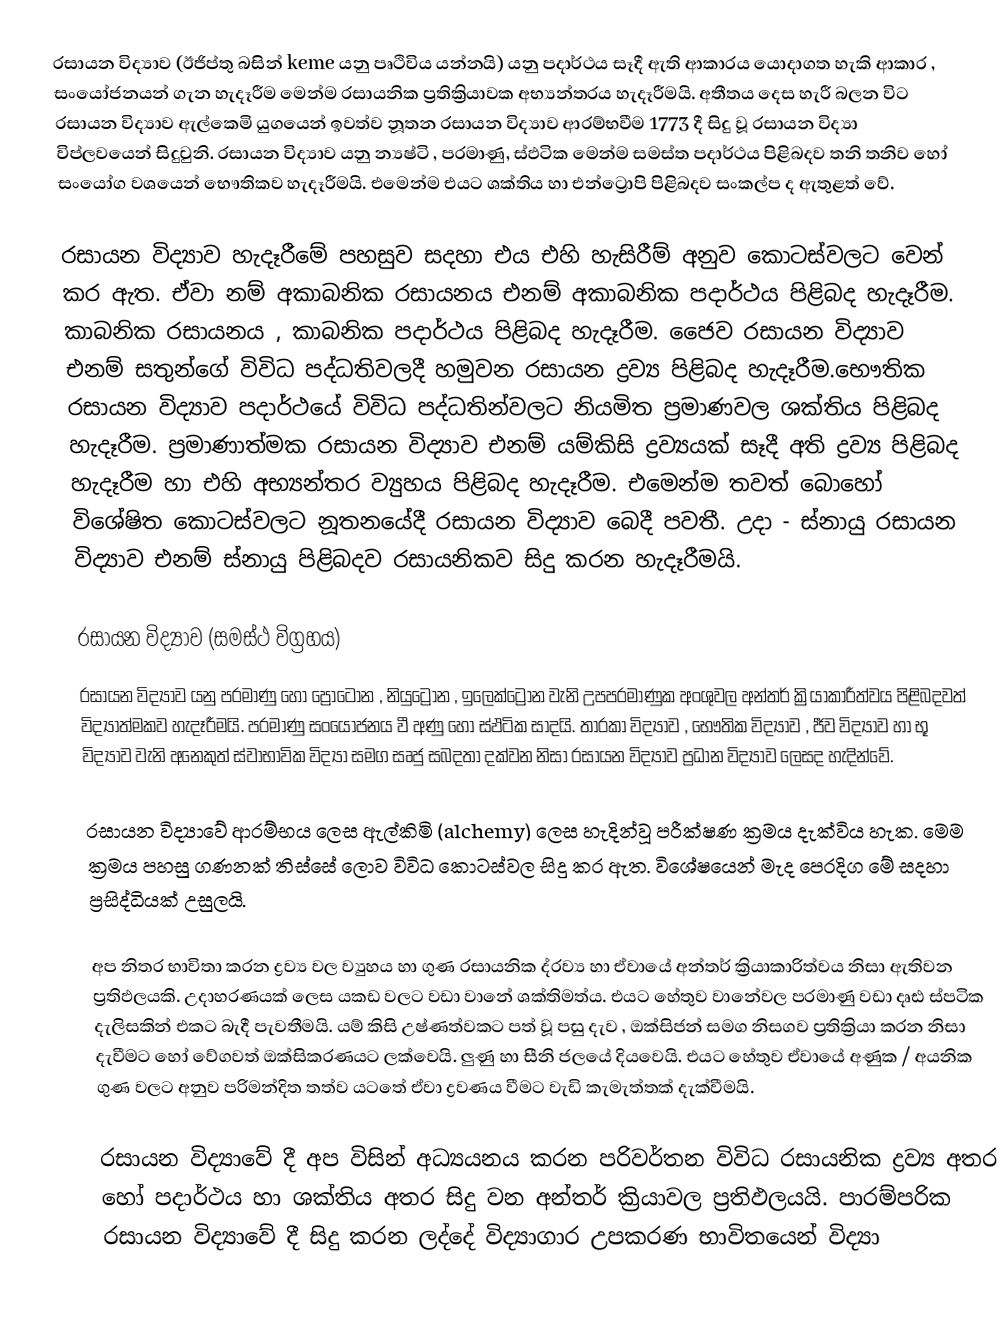
රසායන විද්‍යාව (ඊජිප්තු බසින් keme යනු පෘථිවිය යන්නයි) යනු පදාර්ථය සෑදී ඇති ආකාරය යොදාගත හැකි ආකාර , සංයෝජනයන් ගැන හැදෑරීම මෙන්ම රසායනික ප්‍රතික්‍රියාවක අභ්‍යන්තරය හැදෑරීමයි. අතීතය දෙස හැරී බලන විට රසායන විද්‍යාව ඇල්කෙමි යුගයෙන් ඉවත්ව නූතන රසායන විද්‍යාව ආරම්භවීම 1773 දී සිදු වූ රසායන විද්‍යා විප්ලවයෙන් සිදුවුනි. රසායන විද්‍යාව යනු න්‍යෂ්ටි , පරමාණු, ස්ඵටික මෙන්ම සමස්ත පදාර්ථය පිළිබදව තනි තනිව හෝ සංයෝග වශයෙන් භෞතිකව හැදෑරීමයි. එමෙන්ම එයට ශක්තිය හා එන්ට්‍රොපි පිළිබදව සංකල්ප ද ඇතුළත් වේ.

රසායන විද්‍යාව හැදෑරීමේ පහසුව සදහා එය එහි හැසිරීම් අනුව කොටස්වලට වෙන් කර ඇත. ඒවා නම් අකාබනික රසායනය එනම් අකාබනික පදාර්ථය පිළිබද හැදෑරීම. කාබනික රසායනය , කාබනික පදාර්ථය පිළිබද හැදෑරීම. ජෛව රසායන විද්‍යාව එනම් සතුන්ගේ විවිධ පද්ධතිවලදී හමුවන රසායන ද්‍රව්‍ය පිළිබද හැදෑරීම.භෞතික රසායන විද්‍යාව පදාර්ථයේ විවිධ පද්ධතින්වලට නියමිත ප්‍රමාණවල ශක්තිය පිළිබද හැදෑරීම. ප්‍රමාණාත්මක රසායන විද්‍යාව එනම් යම්කිසි ද්‍රව්‍යයක් සෑදී අති ද්‍රව්‍ය පිළිබද හැදෑරීම හා එහි අභ්‍යන්තර ව්‍යුහය පිළිබද හැදෑරීම. එමෙන්ම තවත් බොහෝ විශේෂිත කොටස්වලට නූතනයේදී රසායන විද්‍යාව බෙදී පවතී. උදා - ස්නායු රසායන විද්‍යාව එනම් ස්නායු පිළිබදව රසායනිකව සිදු කරන හැදෑරීමයි.

රසායන විද්‍යාව (සමස්ථ විග්‍රහය)
රසායන විද්‍යාව යනු පරමාණු හෝ ප්‍රෝටෝන , නියුට්‍රෝන , ඉලෙක්ට්‍රෝන වැනි උපපරමාණුක අංශුවල අන්තර් ක්‍රියාකාරීත්වය පිළිබදවත් විද්‍යාත්මකව හැදෑරීමයි. පරමාණු සංයෝජනය වී අණු හෝ ස්ඵටික සාදයි. තාරකා විද්‍යාව , භෞතික විද්‍යාව , ජීව විද්‍යාව හා භූ විද්‍යාව වැනි අනෙකුත් ස්වාභාවික විද්‍යා සමග සෘජු සබදතා දක්වන නිසා රසායන විද්‍යාව ප්‍රධාන විද්‍යාව ලෙසද හැදින්වේ.

රසායන විද්‍යාවේ ආරම්භය ලෙස ඇල්කිමි (alchemy) ලෙස හැදින්වූ පරීක්ෂණ ක්‍රමය දැක්විය හැක. මෙම ක්‍රමය පහසු ගණනක් තිස්සේ ලොව විවිධ කොටස්වල සිදු කර ඇත. විශේෂයෙන් මැද පෙරදිග මේ සදහා ප්‍රසිද්ධියක් උසුලයි.

අප නිතර භාවිතා කරන ද්‍රව්‍ය වල ව්‍යුහය හා ගුණ රසායනික ද්රව්‍ය හා ඒවායේ අන්තර් ක්‍රියාකාරිත්වය නිසා ඇතිවන ප්‍රතිඵලයකි. උදාහරණයක් ලෙස යකඩ වලට වඩා වානේ ශක්තිමත්ය. එයට හේතුව වානේවල පරමාණු වඩා දෘඪ ස්පටික දැලිසකින් එකට බැදී පැවතීමයි. යම් කිසි උෂ්ණත්වකට පත් වූ පසු දැව , ඔක්සිජන් සමග නිසගව ප්‍රතික්‍රියා කරන නිසා දැවීමට හෝ වේගවත් ඔක්සිකරණයට ලක්වෙයි. ලුණු හා සීනි ජලයේ දියවෙයි. එයට හේතුව ඒවායේ අණුක / අයනික ගුණ වලට අනුව පරිමන්දිත තත්ව ය‍ටතේ ඒවා ද්‍රවණය වීමට වැඩි කැමැත්තක් දැක්වීමයි.

රසායන විද්‍යාවේ දී අප විසින් අධ්‍යයනය කරන පරිවර්තන විවිධ රසායනික ද්‍රව්‍ය අතර හෝ පදාර්ථය හා ශක්තිය අතර සිදු වන අන්තර් ක්‍රියාවල ප්‍රතිඵලයයි. පාරම්පරික රසායන විද්‍යාවේ දී සිදු කරන ලද්දේ විද්‍යාගාර උපකරණ භාවිතයෙන් විද්‍යා